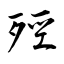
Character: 殌